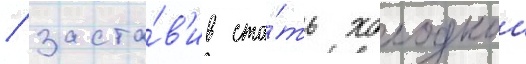
/ заста́в'ив ста́ть холоднои